Annual report on the Civil Veterinary Department, Burma (including the Insein Veterinary School) - 1910-1922
Year: 1910
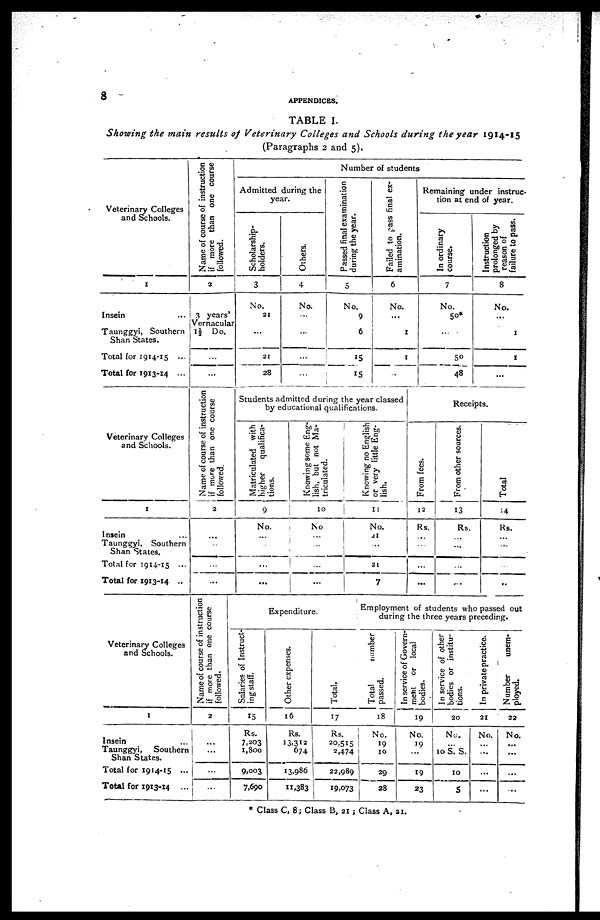
8
APPENDICES.
Showing the main results of Veterinary Colleges and Schools during the year 1914-15
(Paragraphs 2 and 5).
Veterinary Colleges
and Schools.
1
Insein ...
Taunggyi, Southern
Shan States.
Total for 1914-15 ...
Total for 1913-14 ...
Name of course of instruction
if more than one course
followed.
2
3 years'
Vernacular
1½ Do.
...
...
Number of students
Admitted during the
year.
Scholarship-
holders.
3
No.
21
...
21
28
Others.
4
No.
...
...
...
...
Passed final examination
during the year.
5
No.
9
6
15
15
Failed to pass final ex-
amination.
6
No.
...
1
1
...
Remaining under instruc-
tion at end of year.
In ordinary
course.
7
No.
50*
...
50
48
Instruction
prolonged by
reason of
failure to pass.
8
No.
...
1
1
...
Veterinary Colleges
and Schools.
1
Insein ...
Taunggyi, Southern
Shan States.
Total for 1914-15 ...
Total for 1913-14 ..
Name of course of instruction
if more than one course
followed.
2
...
...
...
...
Students admitted during the year classed
by educational qualifications.
Matriculated with
higher
qualifica-
tions.
9
No.
...
...
...
...
Knowing some Eng-
lish, but not Ma-
triculated.
10
No.
...
...
...
...
Knowing no English
or very little Eng-
lish.
11
No.
21
...
21
7
From fees.
12
Rs.
...
...
...
...
Receipts.
From other sources.
13
Rs.
...
...
...
...
Total
14
Rs.
...
...
...
..
Veterinary Colleges
and Schools.
1
Insein ...
Taunggyi,
Southern
Shan States.
Total for 1914-15 ...
Total for 1913-14 ...
Name of course of instruction
if more than one course
followed.
2
...
...
...
...
Expenditure.
Salaries of Instruct-
ing staff.
15
Rs.
7,203
1,800
9,003
7,690
Other expenses.
16
Rs.
13,312
674
13,986
11,383
Total.
17
Rs.
20,515
2,474
22,989
19,073
Employment of students who passed out
during the three years preceding.
Total
number
passed.
18
No.
19
10
29
28
In service of Govern-
ment or local
bodies.
19
No.
19
...
19
23
In service of other
bodies or institu-
tions.
20
No.
...
10 S. S.
10
5
In private practice.
21
No.
...
...
...
...
Number
unem-
ployed.
22
No.
...
...
...
...
* Class C, 8; Class B, 21; Class A, 21.